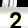
Digit: 2